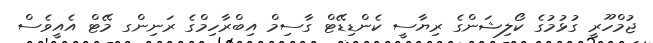
ޖުމްހޫރީ ގުޅުމުގެ ކޯލިޝަންގެ ރިޔާސީ ކެންޑިޑޭޓް ގާސިމް އިބްރާހިމްގެ ރަނިންގ މޭޓް އެއީވެސް